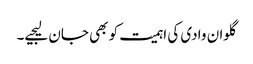
گلوان وادی کی اہمیت کو بھی جان لیجیے۔